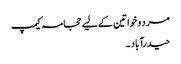
مرد و خواتین کے لیے حجامہ کیمپ
حیدرآباد ۔